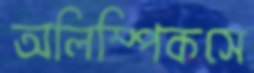
অলিম্পিকসে